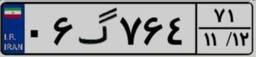
۰۶گ۷۶۴۷۱